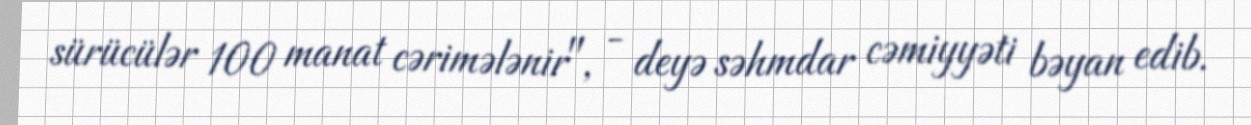
sürücülər 100 manat cərimələnir", - deyə səhmdar cəmiyyəti bəyan edib.